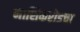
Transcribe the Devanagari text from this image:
नाशिकरोडचा